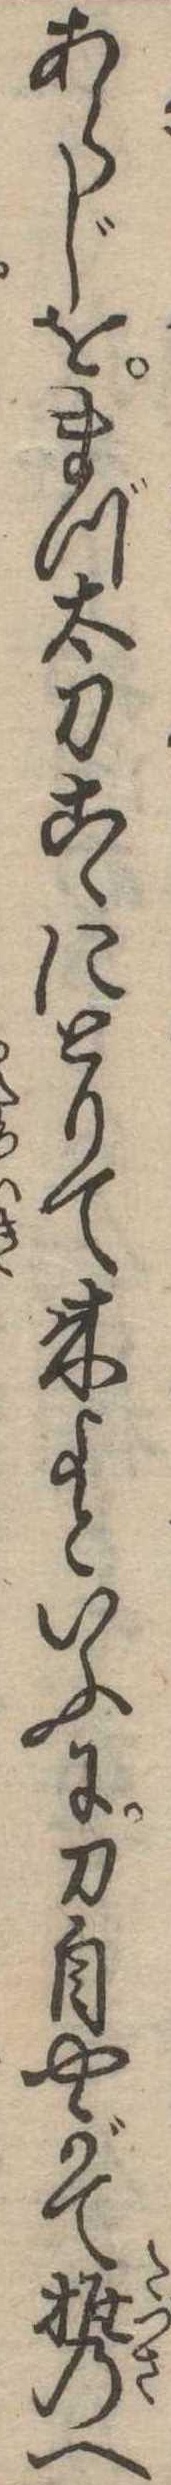
あらじをまづ太刀こゝにとりて来よといふに刀自やがて携へ